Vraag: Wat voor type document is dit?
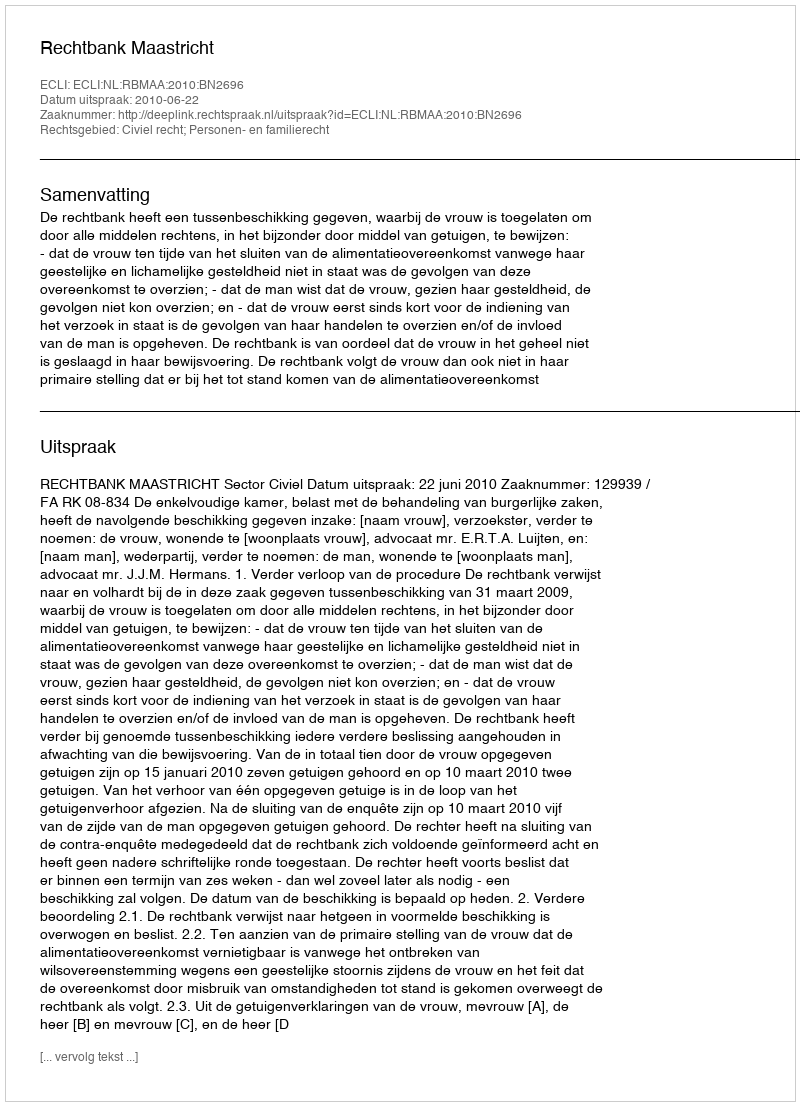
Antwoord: Uitspraak